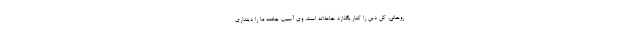
روحانی، کل دین را کنار بگذارد جاهلانه است. وی آسیب جامعه ما را دینداری